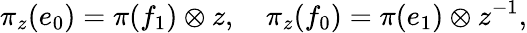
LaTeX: \pi_{z}(e_{0})=\pi(f_{1})\otimes z,\quad\pi_{z}(f_{0})=\pi(e_{1})\otimes z^{-1},